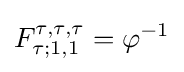
F_{\tau ;1,1}^{\tau ,\tau ,\tau }=\varphi ^{-1}